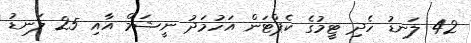
42 ލަނޑު ހެދި ޓީމުގެ ކެޕްޓަން އަހުމަދު ނީޝަމް އާއި 25 ލަނޑު